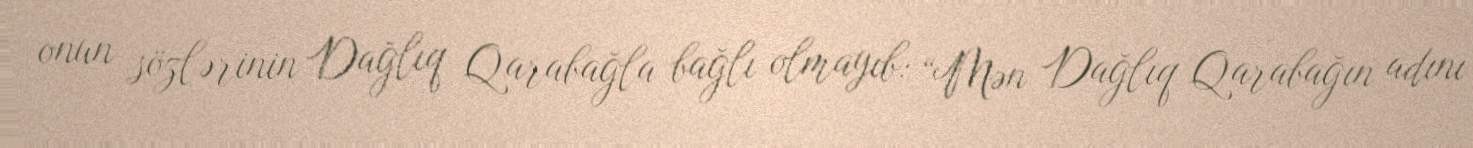
onun sözlərinin Dağlıq Qarabağla bağlı olmayıb: “Mən Dağlıq Qarabağın adını